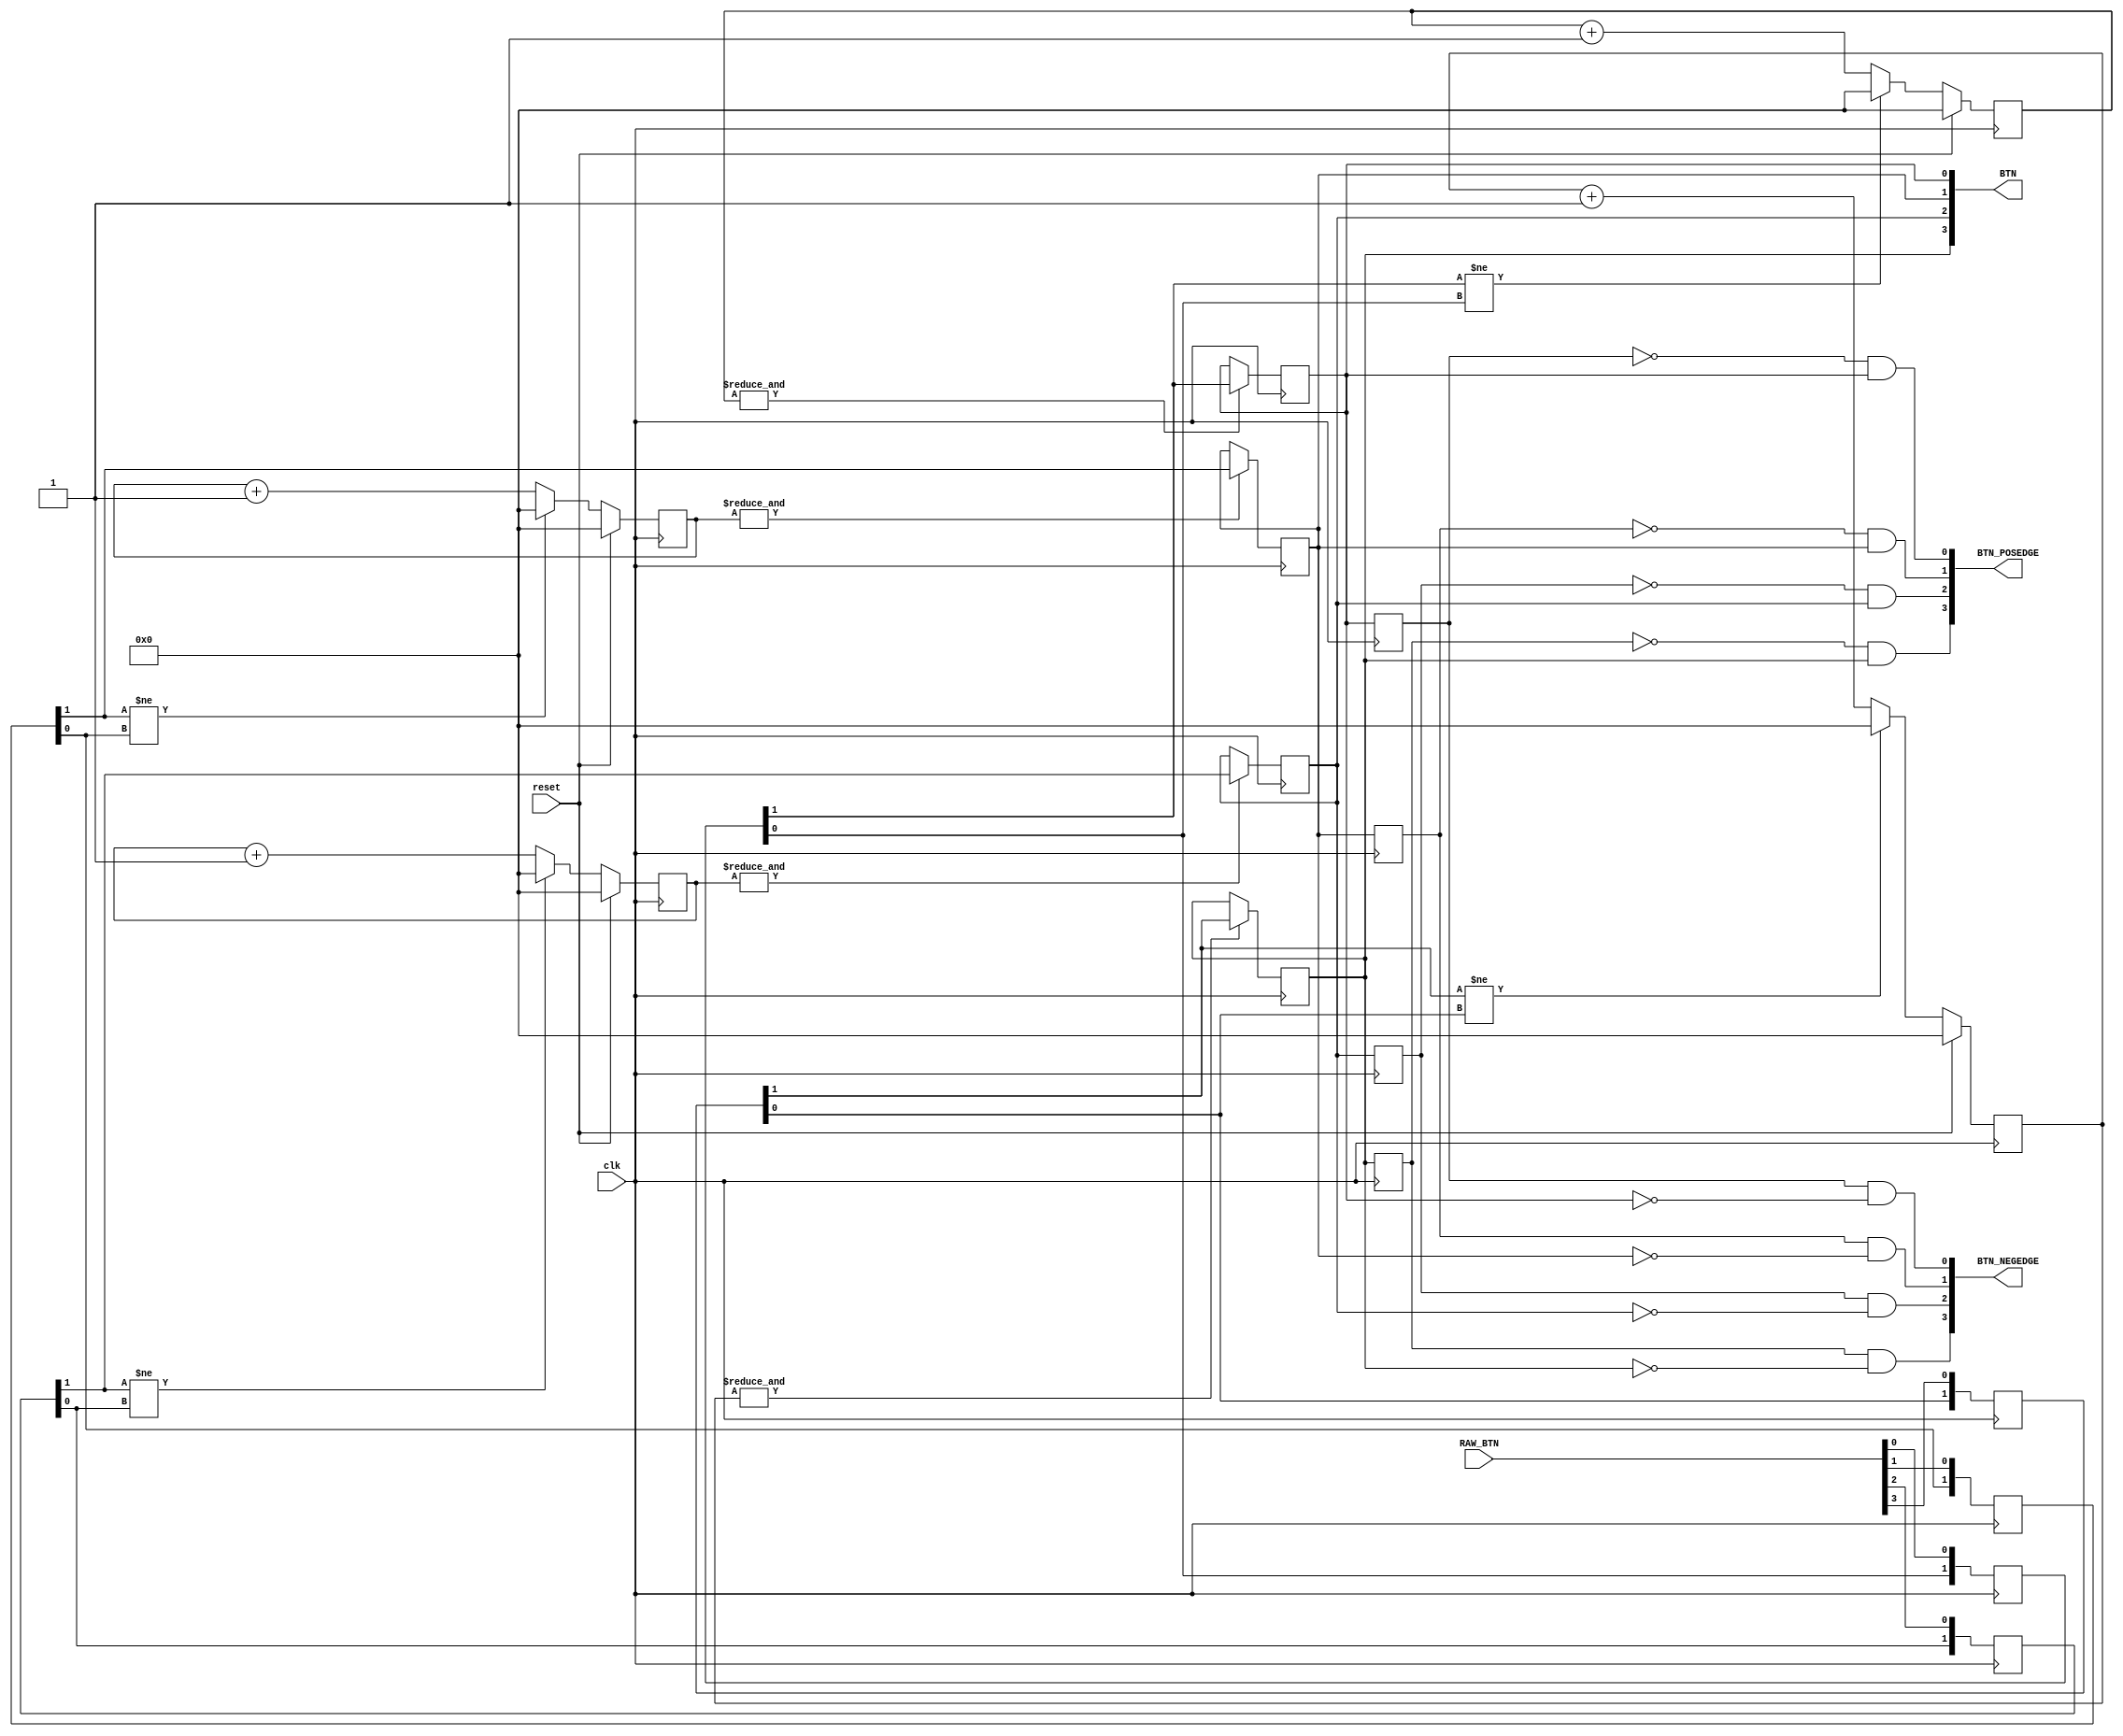
module button_debouncer
#( parameter DEBOUNCE_TIMER = 10
)
(
	input clk, reset,
	input [3:0] RAW_BTN,
	output [3:0] BTN,
	output [3:0] BTN_POSEDGE,
	output [3:0] BTN_NEGEDGE
);

reg [3:0] states_of_button_0, states_of_button_1, states_of_button_2,states_of_button_3;
reg [DEBOUNCE_TIMER:0] counter [3:0];
wire [3:0] state_changed;
//wire [1:0] key_states_0, key_states_1, key_states_2, key_states_3;

//fetching raw button state
always@(posedge clk) begin
states_of_button_0[1:0]<= {states_of_button_0[0],RAW_BTN[0]};
states_of_button_1[1:0]<= {states_of_button_1[0],RAW_BTN[1]};
states_of_button_2[1:0]<= {states_of_button_2[0],RAW_BTN[2]};
states_of_button_3[1:0]<= {states_of_button_3[0],RAW_BTN[3]};
end

//waiting bounce to finish
always@(posedge clk) begin
if(reset) begin
counter[0]<=0;
counter[1]<=0;
counter[2]<=0;
counter[3]<=0;
end else begin
if(!state_changed[0]) counter[0]<=counter[0]+1;
else if(state_changed[0]) counter[0]<=0;

if(!state_changed[1]) counter[1]<=counter[1]+1;
else if(state_changed[1]) counter[1]<=0;

if(!state_changed[2]) counter[2]<=counter[2]+1;
else if(state_changed[2]) counter[2]<=0;

if(!state_changed[3]) counter[3]<=counter[3]+1;
else if(state_changed[3]) counter[3]<=0;
end
end

//fetching debounced state
always@(posedge clk) begin
if(&counter[0]) states_of_button_0[2]<= states_of_button_0[1];
if(&counter[1]) states_of_button_1[2]<= states_of_button_1[1];
if(&counter[2]) states_of_button_2[2]<= states_of_button_2[1];
if(&counter[3])states_of_button_3[2]<= states_of_button_3[1];
end

//fetching debounced posedge or negedge
always@(posedge clk) begin
states_of_button_0[3]<=states_of_button_0[2];
states_of_button_1[3]<=states_of_button_1[2];
states_of_button_2[3]<=states_of_button_2[2];
states_of_button_3[3]<=states_of_button_3[2];
end

//assign key_states_0={states_of_button_0[2],states_of_button_0[1]};
//assign key_states_1={states_of_button_1[2],states_of_button_1[1]};
//assign key_states_2={states_of_button_2[2],states_of_button_2[1]};
//assign key_states_3={states_of_button_0[2],states_of_button_3[1]};

assign state_changed[0] = (states_of_button_0[1]!=states_of_button_0[0]);
assign state_changed[1] = (states_of_button_1[1]!=states_of_button_1[0]);
assign state_changed[2] = (states_of_button_2[1]!=states_of_button_2[0]);
assign state_changed[3] = (states_of_button_3[1]!=states_of_button_3[0]);

assign BTN[0] = states_of_button_0[2];
assign BTN[1] = states_of_button_1[2];
assign BTN[2] = states_of_button_2[2];
assign BTN[3] = states_of_button_3[2];

assign BTN_POSEDGE[0] = ~states_of_button_0[3]&states_of_button_0[2];
assign BTN_POSEDGE[1] = ~states_of_button_1[3]&states_of_button_1[2];
assign BTN_POSEDGE[2] = ~states_of_button_2[3]&states_of_button_2[2];
assign BTN_POSEDGE[3] = ~states_of_button_3[3]&states_of_button_3[2];

assign BTN_NEGEDGE[0] = states_of_button_0[3]&~states_of_button_0[2];
assign BTN_NEGEDGE[1] = states_of_button_1[3]&~states_of_button_1[2];
assign BTN_NEGEDGE[2] = states_of_button_2[3]&~states_of_button_2[2];
assign BTN_NEGEDGE[3] = states_of_button_3[3]&~states_of_button_3[2];

endmodule